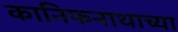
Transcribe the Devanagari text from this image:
कानिफनाथाच्या